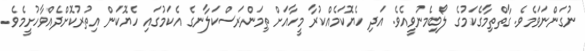
ނުގަންނަވަމެވެ. ގާތްތިމާގެކަމުގެ ލޯބިމެނުވީއެވެ. އަދި ހެޔޮކަމެއްކުރާ މީހާއަށް ތިމަންރަސްކަލާނގެ އެކަމުގައި ހެޔޮކަން އިތުރުކޮށްދެއްވާހުށީމެވެ.